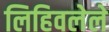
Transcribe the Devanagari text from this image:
लिहिवलेले